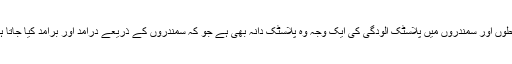
ساحلوں اور سمندروں میں پلاسٹک آلودگی کی ایک وجہ وہ پلاسٹک دانہ بھی ہے جو کہ سمندروں کے ذریعے درآمد اور برآمد کیا جاتا ہے۔